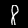
Digit: 8